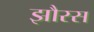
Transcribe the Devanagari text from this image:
झौरस